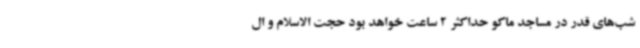
شب‌های قدر در مساجد ماکو حداکثر 2 ساعت خواهد بود حجت الاسلام و ال